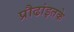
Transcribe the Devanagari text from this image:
प्रौढांइतके